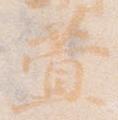
萱